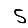
Digit: 5